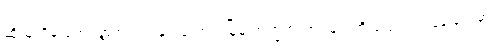
ဆိုသူတို့မှ ကျေးရွာအတွင်းနှင့် ချုံကင်းမြို့မှ အက္ခရာယာဉ်များကို ပြောင်းလဲနေခြင်းမှာ